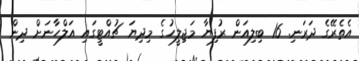
އެތެރޭގެ ދަރަނި. 16 ބިލިއަން ރުފިޔާ މަޖިލީހުގެ މިދިޔަ ޗުއްޓީގައި އަލްހާނަށް ދިން